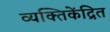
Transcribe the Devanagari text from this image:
व्यक्तिकेंद्रित